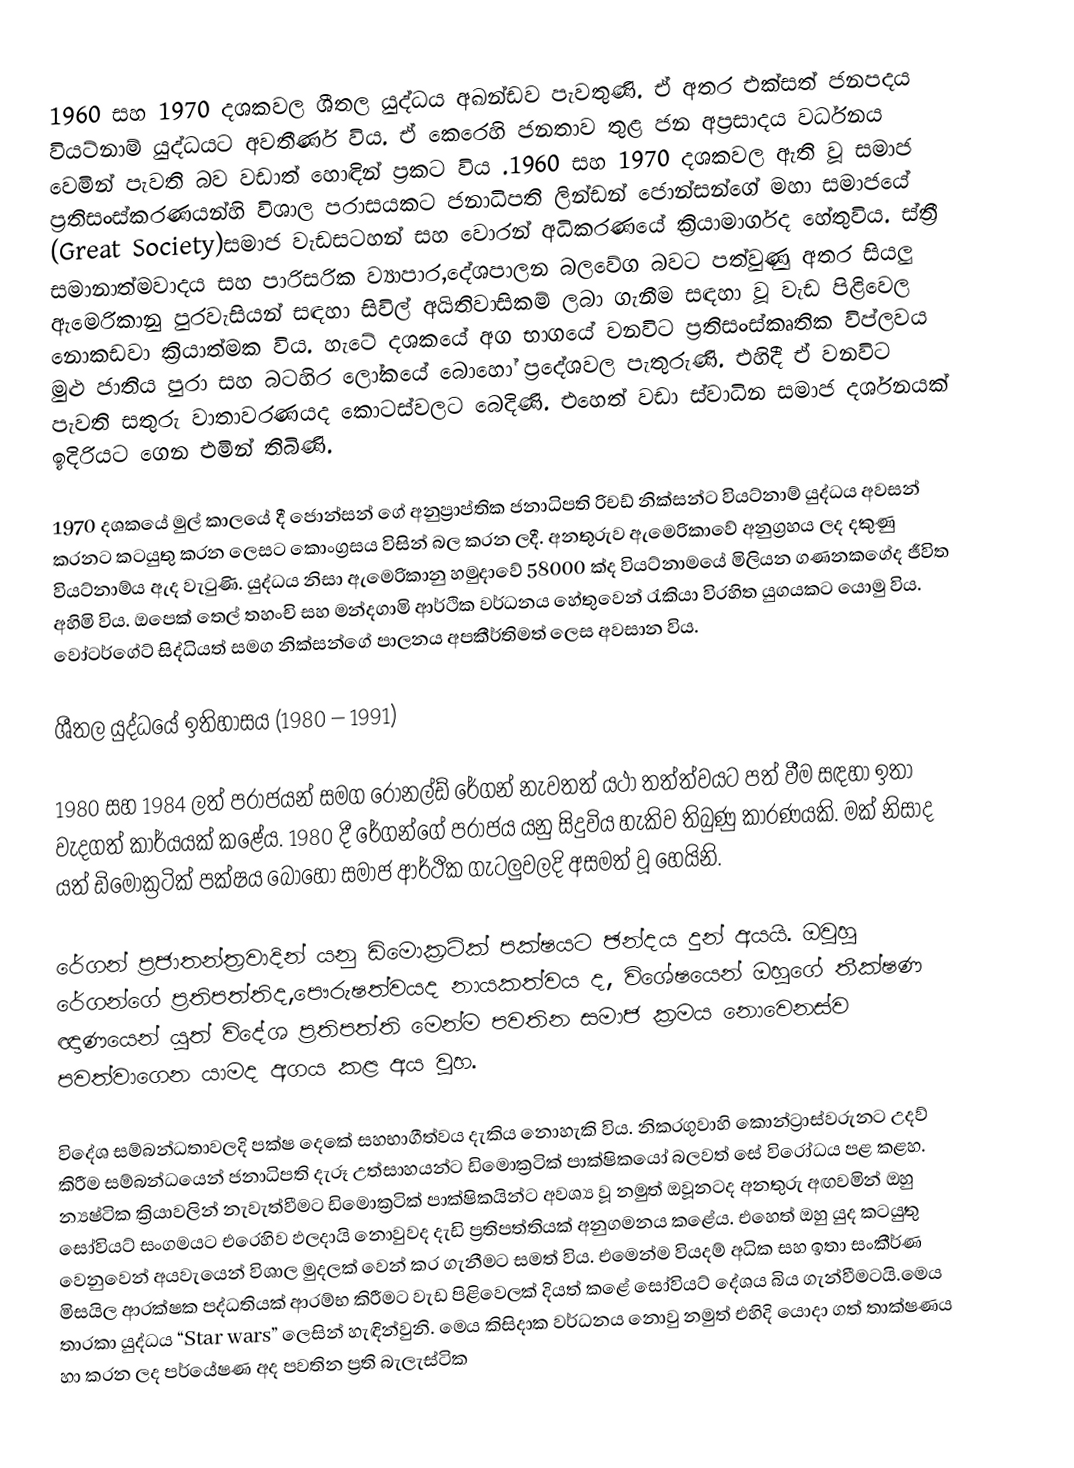
1960 සහ 1970 දශකවල ශීතල යුද්ධය අඛන්ඩව පැවතුණි. ඒ අතර එක්සත් ජනපදය වියට්නාම් යුද්ධයට අවතීර්ණ විය. ඒ කෙරෙහි  ජනතාව තුළ ජන අප්‍රසාදය වර්ධනය වෙමින් පැවති බව වඩාත් හොඳින් ප්‍රකට විය .1960 සහ  1970 දශකවල ඇති වූ සමාජ ප්‍රතිසංස්කරණයන්හි විශාල පරාසයකට ජනාධිපති ලින්ඩන් ජොන්සන්ගේ මහා සමාජයේ (Great Society)සමාජ වැඩසටහන් සහ වොරන් අධිකරණයේ ක්‍රියාමාර්ගද හේතුවිය. ස්ත්‍රී සමානාත්මවාදය සහ පාරිසරික ව්‍යාපාර,දේශපාලන බලවේග බවට පත්වුණු අතර සියලු ඇමෙරිකානු පුරවැසියන් සඳහා සිවිල් අයිතිවාසිකම් ලබා ගැනීම සඳහා වූ වැඩ පිළිවෙල නොකඩවා ක්‍රියාත්මක විය. හැටේ දශකයේ අග භාගයේ වනවිට ප්‍රතිසංස්කෘතික විප්ලවය මුළු ජාතිය පුරා සහ බටහිර ලෝකයේ බොහෝ ප්‍රදේශවල පැතුරුණි. එහිදී ඒ වනවිට පැවති සතුරු වාතාවරණයද කොටස්වලට බෙදිණි. එහෙත් වඩා ස්වාධින සමාජ දර්ශනයක් ඉදිරියට ගෙන එමින් තිබිණි.

1970 දශකයේ මුල් කාලයේ දී ජොන්සන් ගේ අනුප්‍රාප්තික ජනාධිපති රිචඩ් නික්සන්ට වියට්නාම් යුද්ධය අවසන් කරනට කටයුතු කරන ලෙසට කොංග්‍රසය විසින් බල කරන ලදී. අනතුරුව ඇමෙරිකාවේ අනුග්‍රහය ලද දකුණු වියට්නාම්ය ඇද වැටුණි. යුද්ධය නිසා ඇමෙරිකානු හමුදාවේ 58000 ක්ද වියට්නාමයේ මිලියන ගණනකගේද ජීවිත අහිමි විය. ඔපෙක් තෙල් තහංචි සහ මන්දගාමි ආර්ථික වර්ධනය හේතුවෙන් රැකියා විරහිත යුගයකට යොමු විය. වෝටර්ගේට් සිද්ධියත් සමග නික්සන්ගේ පාලනය අපකීර්තිමත් ලෙස අවසාන විය.

ශීතල යුද්ධයේ ඉතිහාසය (1980 – 1991)

1980 සහ 1984 ලත් පරාජයන් සමග රොනල්ඩ් රේගන් නැවතත් යථා තත්ත්වයට පත් වීම සඳහා ඉතා වැදගත් කාර්යයක් කළේය. 1980 දී රේගන්ගේ පරාජය යනු සිදුවිය හැකිව තිබුණු කාරණයකි. මක් නිසාද යත් ඩිමොක්‍රටික් පක්ෂය බොහෝ සමාජ ආර්ථික ගැටලුවලදි අසමත් වූ හෙයිනි.

රේගන් ප්‍රජාතන්ත්‍රවාදින් යනු ඩිමොක්‍රටික් පක්ෂයට ඡන්දය දුන් අයයි. ඔවුහු  රේගන්ගේ ප්‍රතිපත්තිද,පෞරුෂත්වයද  නායකත්වය ද, විශේෂයෙන් ඔහුගේ තීක්ෂණ ඥාණයෙන් යුත් විදේශ ප්‍රතිපත්ති මෙන්ම පවතින සමාජ ක්‍රමය නොවෙනස්ව පවත්වාගෙන යාමද අගය කළ අය වූහ.

විදේශ සම්බන්ධතාවලදි පක්ෂ දෙකේ සහභාගීත්වය දැකිය නොහැකි විය. නිකරගුවාහි කොන්ට්‍රාස්වරුනට උදව් කිරීම සම්බන්ධයෙන් ජනාධිපති දැරූ උත්සාහයන්ට ඩිමොක්‍රටික් පාක්ෂිකයෝ බලවත් සේ විරෝධය පළ කළහ. න්‍යෂ්ටික ක්‍රියාවලින් නැවැත්වීමට ඩිමොක්‍රටික් පාක්ෂිකයින්ට අවශ්‍ය වූ නමුත් ඔවූනටද අනතුරු අඟවමින් ඔහු සෝවියට් සංගමයට එරෙහිව ඵලදායි නොවුවද දැඩි ප්‍රතිපත්තියක් අනුගමනය කළේය. එහෙත් ඔහු යුද කටයුතු වෙනුවෙන් අයවැයෙන් විශාල මුදලක් වෙන් කර ගැනීමට සමත් විය. එමෙන්ම වියදම් අධික සහ ඉතා සංකීර්ණ මිසයිල ආරක්ෂක පද්ධතියක් ආරම්භ කිරීමට වැඩ පිළිවෙලක් දියත් කළේ සෝවියට් දේශය බිය ගැන්වීමටයි.මෙය තාරකා යුද්ධය “Star wars” ලෙසින් හැඳින්වුනි. මෙය කිසිදාක වර්ධනය නොවු නමුත් එහිදි යොදා ගත් තාක්ෂණය හා කරන ලද පර්යේෂණ අද පවතින ප්‍රති බැලැස්ටික